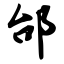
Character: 邰